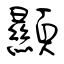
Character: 顯